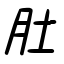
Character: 肚